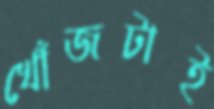
খোঁজটাই